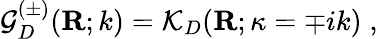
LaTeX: {\mathcal G}_{{D}}^{(\pm)}({\mathbf R};k)={\mathcal K}_{{D}}({\mathbf R};\kappa=\mp ik)\; ,